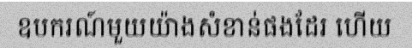
ឧបករណ៍មួយយ៉ាងសំខាន់ផងដែរ ហើយ